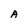
Character: A